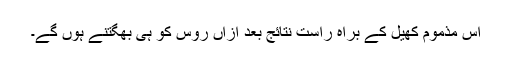
اِس مذموم کھیل کے براہ راست نتائج بعد ازاں روس کو ہی بھگتنے ہوں گے۔